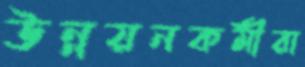
উন্নয়নকর্মীরা